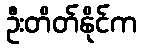
ဦးတိတ်နိုင်က